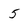
Character: 5